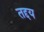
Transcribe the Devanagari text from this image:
तद्दय